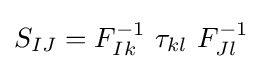
S_{IJ}=F_{Ik}^{-1}~\tau _{kl}~F_{Jl}^{-1}